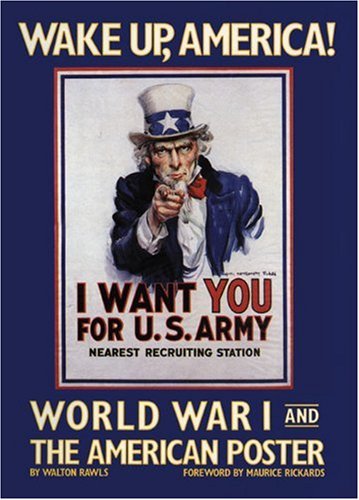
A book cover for Wake Up, America.  World War I and the American Poster.; Walton Rawls; Crafts, Hobbies & Home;